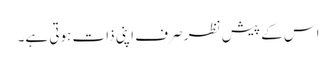
اس کے پیش نظر صرف اپنی ذات ہوتی ہے۔